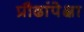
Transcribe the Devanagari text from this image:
प्रौढांपेक्षा